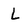
Character: L